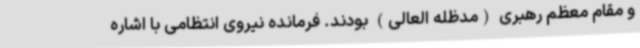
و مقام معظم رهبری (مدظله العالی) بودند. فرمانده نیروی انتظامی با اشاره